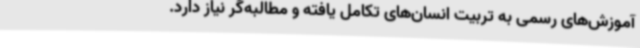
آموزش‌های رسمی به تربیت انسان‌های تکامل یافته و مطالبه‌گر نیاز دارد.